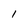
Character: 1